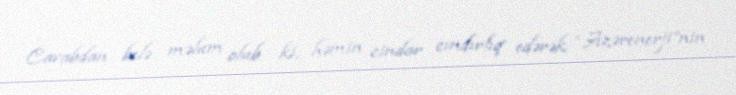
Cavabdan belə məlum olub ki, həmin cindar cındırlıq edərək “Azərenerji”nin